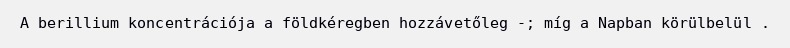
A berillium koncentrációja a földkéregben hozzávetőleg -; míg a Napban körülbelül .